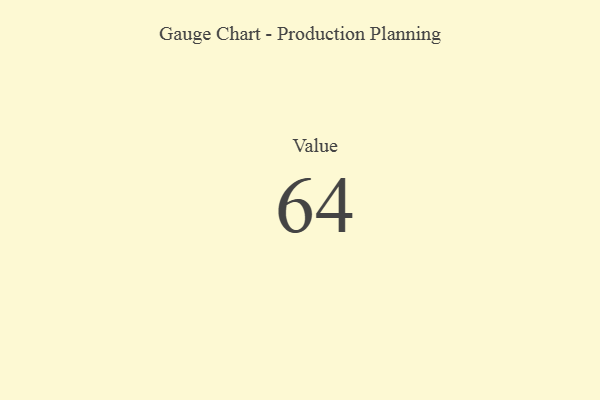
{"axis": {"x": "Metric", "y": "Value"}, "legend": [""], "data": [{"x": "Value", "y": 64, "type": ""}]}